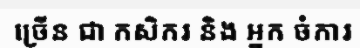
ច្រើន ជា កសិករ និង អ្នក ចំការ